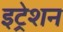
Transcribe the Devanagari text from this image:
इट्रेशन